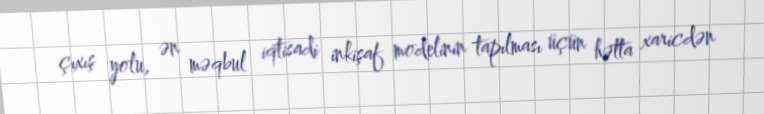
çıxış yolu, ən məqbul iqtisadi inkişaf modelinin tapılması üçün hətta xaricdən